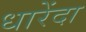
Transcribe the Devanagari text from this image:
धारेंदा